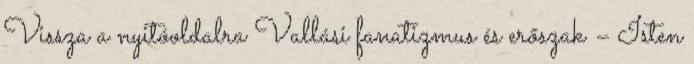
Vissza a nyitóoldalra Vallási fanatizmus és erőszak – Isten